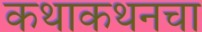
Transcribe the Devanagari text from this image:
कथाकथनचा